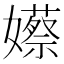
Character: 𡣮